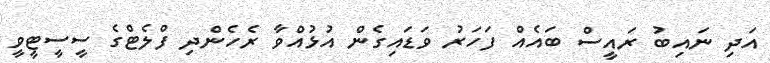
އަދި ނައިބު ރައީސް ބައެއް ފަހަރު ވަޑައިގެން އުޅުއްވާ ރެހެންދި ފްލެޓްގެ ސީސީޓީވީ